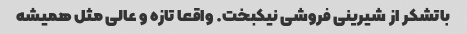
باتشکر از شیرینی فروشی نیکبخت. واقعا تازه و عالی مثل همیشه